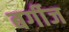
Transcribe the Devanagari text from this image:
बर्गीज